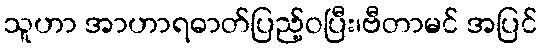
သူဟာ အာဟာရဓာတ်ပြည့်ဝပြီး၊ဗီတာမင် အပြင်